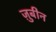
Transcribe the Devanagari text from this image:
ज़ुबीन